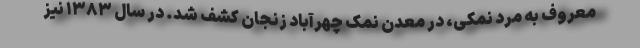
معروف به مرد نمکی، در معدن نمک چهرآباد زنجان کشف شد. در سال ۱۳۸۳ نیز